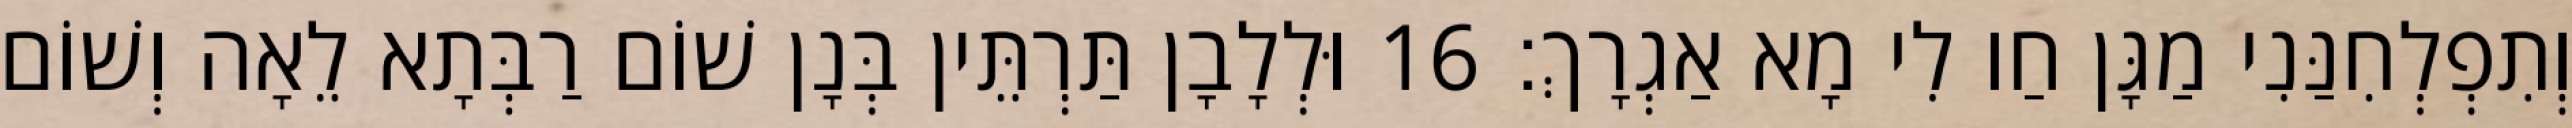
וְתִפְלְחִנַּנִי מַגָּן חַו לִי מָא אַגְרָךְ׃ 16 וּלְלָבָן תַּרְתֵּין בְּנָן שׁוֹם רַבְּתָא לֵאָה וְשׁוֹם